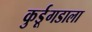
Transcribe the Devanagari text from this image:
कुर्डूगडाला